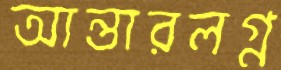
আন্তারলগ্ন